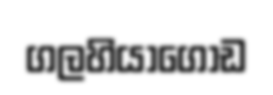
ගලහියාගොඩ